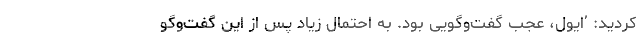
کردید: ’ایول، عجب گفت‌وگویی بود. به احتمال زیاد پس از این گفت‌وگو